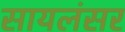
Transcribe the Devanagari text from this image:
सायलंसर